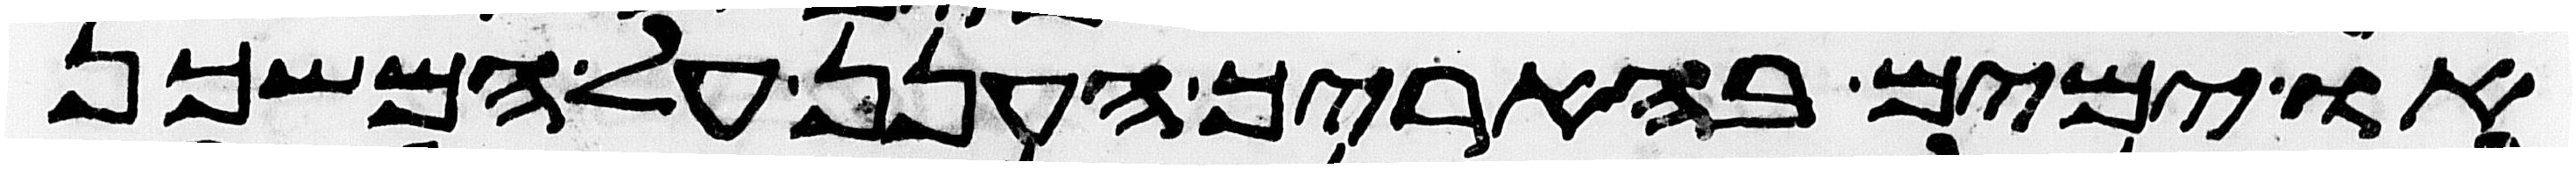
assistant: או ימים בהאריך הענן על המשכן